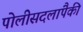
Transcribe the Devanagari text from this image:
पोलीसदलांपैकी